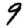
Digit: 9